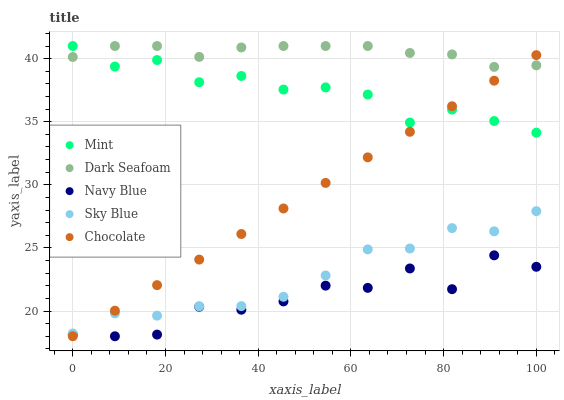
| xaxis_label | Mint | Dark Seafoam | Navy Blue | Sky Blue | Chocolate |
 | --- | --- | --- | --- | --- | --- |
 | 0 | 41 | 40.1 | 18.1 | 18.2 | 18 |
 | 9.09 | 39.4 | 41 | 18 | 19.8 | 20 |
 | 18.2 | 39.9 | 41 | 18.1 | 19.6 | 22.1 |
 | 27.3 | 38.1 | 40.1 | 20.3 | 20.4 | 24.1 |
 | 36.4 | 38.6 | 40.9 | 20.1 | 20.4 | 26.1 |
 | 45.5 | 37.6 | 41 | 20.8 | 21.1 | 28.1 |
 | 54.5 | 37.7 | 41 | 22 | 22.8 | 30.2 |
 | 63.6 | 37.2 | 41 | 21.8 | 24.9 | 32.2 |
 | 72.7 | 34.9 | 40.4 | 23.4 | 25 | 34.2 |
 | 81.8 | 36 | 40.3 | 21.7 | 26.6 | 36.2 |
 | 90.9 | 35.1 | 39.3 | 24.4 | 26.3 | 38.3 |
 | 100 | 34.1 | 39.5 | 23.5 | 27.9 | 40.3 |